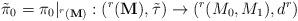
LaTeX: \begin{align*}\tilde{\pi}_{0}= \pi_{0}|_{^{r}(\textbf{M})} : (^{r}(\textbf{M}),\tilde{\tau}) \rightarrow (^{r}(M_{0},M_{1}),d^{r})\end{align*}